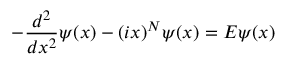
- \frac { d ^ { 2 } } { d x ^ { 2 } } \psi ( x ) - ( i x ) ^ { N } \psi ( x ) = E \psi ( x )